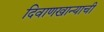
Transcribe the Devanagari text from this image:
दिवाणखान्याची